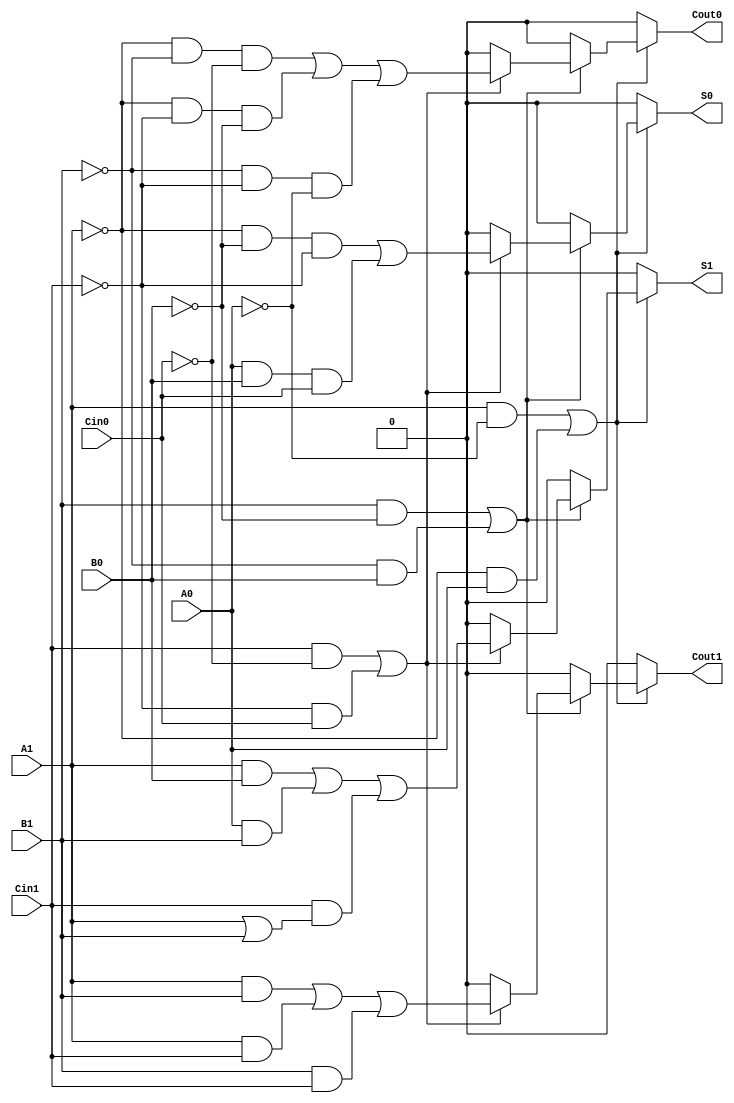
module dual_rail_full_adder (
    input wire A1, A0,   // Dual-rail representation of input A
    input wire B1, B0,   // Dual-rail representation of input B
    input wire Cin1, Cin0, // Dual-rail representation of carry input Cin
    output reg S1, S0,   // Dual-rail representation of sum output S
    output reg Cout1, Cout0 // Dual-rail representation of carry output Cout
);

// Always block for combinational logic
always @(*) begin
    // Initialize outputs to invalid state
    S1 = 1'b0; S0 = 1'b0;
    Cout1 = 1'b0; Cout0 = 1'b0;

    // Check for valid inputs
    if ((A1 && !A0) || (!A1 && A0)) begin
        if ((B1 && !B0) || (!B1 && B0)) begin
            if ((Cin1 && !Cin0) || (!Cin1 && Cin0)) begin
                // Compute sum S and carry Cout
                S1 = (A1 && B0) || (A0 && B1) || (Cin1 && (A1 || B1));
                S0 = (!A1 && !B0 && !Cin1) || (A0 && B0 && Cin0);
                
                // Compute carry-out Cout using majority function
                Cout1 = (A1 && B1) || (A1 && Cin1) || (B1 && Cin1);
                Cout0 = (!A1 && !B1 && !Cin0) || (!A1 && !Cin1 && !B0) || (!B1 && !Cin1 && !A0);
            end
        end
    end
end

endmodule